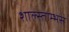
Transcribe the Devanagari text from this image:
शाल्स्ताम्भस